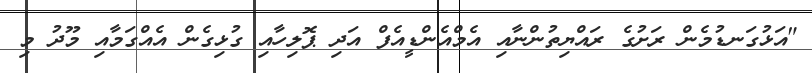
"އަޅުގަނޑުމެން ރަށުގެ ރައްޔިތުންނާއި އެމްއެންޑީއެފް އަދި ޕޮލިހާއި ގުޅިގެން އެއްގަމާއި މޫދު މި